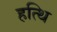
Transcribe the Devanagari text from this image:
हत्थि